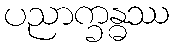
ပညာက္ခန္ဓဿ